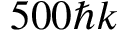
5 0 0 \hbar k